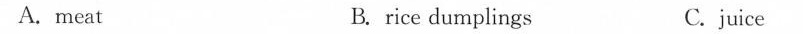
A.meat B. rice dumplings C. juice